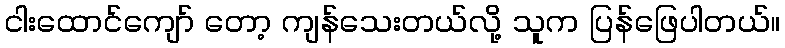
ငါးထောင်ကျော် တော့ ကျန်သေးတယ်လို့ သူက ပြန်ဖြေပါတယ်။